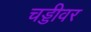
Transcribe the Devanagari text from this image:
चड्डीवर